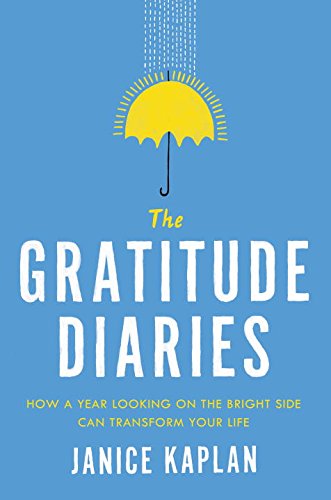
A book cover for The Gratitude Diaries: How a Year Looking on the Bright Side Can Transform Your Life; Janice Kaplan; Self-Help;